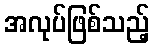
အလုပ်ဖြစ်သည့်